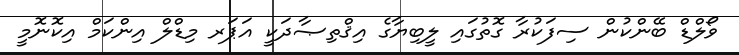
ވޯލްޑް ބޭންކުން ސިފަކުރާ ގޮތުގައި ލީބިޔާގެ އިޤްތިޞާދަކީ އަޕަރ މިޑްލް އިންކަމް އިކޮނޮމީ